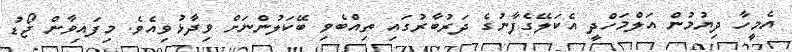
އެމީހާ ދިޔުމުން އަލްމަހްދީ އެކަލޭގެފާނުގެ ދަރުބާރުގައި ތިއްބެވި ބޭކަލުންނަށް ވިދާޅުވިއެވެ. މިފައިވާން ޖޯޑު